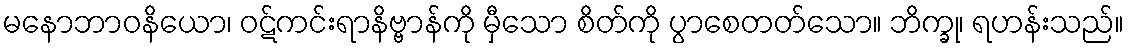
မနောဘာဝနိယော၊ ဝဋ်ကင်းရာနိဗ္ဗာန်ကို မှီသော စိတ်ကို ပွာစေတတ်သော။ ဘိက္ခု၊ ရဟန်းသည်။